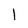
Character: I